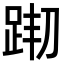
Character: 𨀦